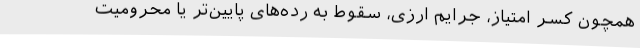
همچون کسر امتیاز، جرایم ارزی، سقوط به رده‌های پایین‌تر یا محرومیت